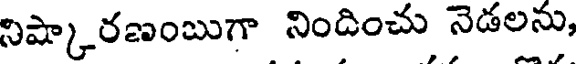
నిష్కారణంబుగా నిందించు నెడలను,